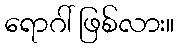
ရောဂါ် ဖြစ်လား။